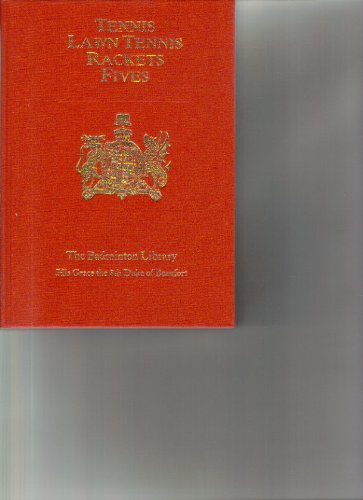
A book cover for Tennis, Lawn Tennis, Rackets, Fives (Badminton Lib.) (Badminton Library); C G Heathcote J M Heathcote; Sports & Outdoors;